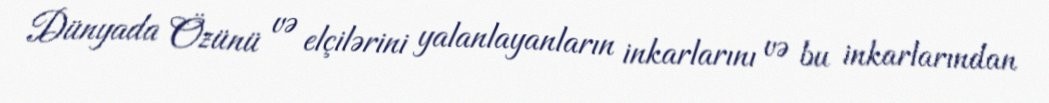
Dünyada Özünü və elçilərini yalanlayanların inkarlarını və bu inkarlarından